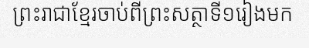
ព្រះរាជាខ្មែរចាប់ពីព្រះសត្ថាទី១រៀងមក